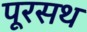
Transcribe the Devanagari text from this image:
पूरसथ